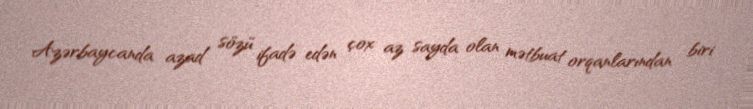
Azərbaycanda azad sözü ifadə edən çox az sayda olan mətbuat orqanlarından biri